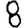
Digit: 8